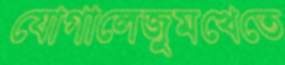
যোগালেজুমখেতে